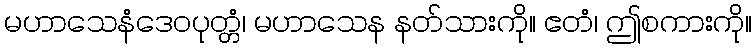
မဟာသေနံဒေဝပုတ္တံ၊ မဟာသေန နတ်သားကို။ ဧတံ၊ ဤစကားကို။